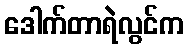
ဒေါက်တာရဲလွင်က